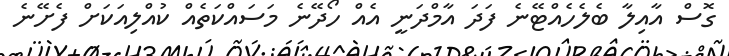
ގޮސް އާއިލާ ބެލެހެއްޓޭނެ ފަދަ އާމްދަނީ އެއް ހޯދޭނެ މަސައްކަތެއް ކުއްލިއަކަށް ފެށޭނެ